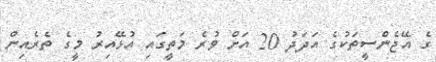
ގެ އޭޖެންސީތަކުގެ އަދަދު 20 އަށް ވުރެ މަތީގައި އުޅޭއިރު މީގެ ތެރެއިން